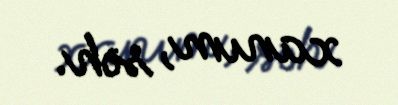
xanım, səh.